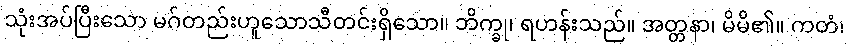
သုံးအပ်ပြီးသော မဂ်တည်းဟူသောသီတင်းရှိသော။ ဘိက္ခု၊ ရဟန်းသည်။ အတ္တနာ၊ မိမိ၏။ ကတံ၊